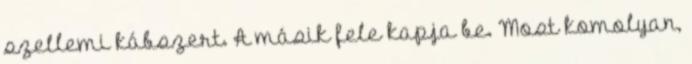
szellemi kábszert. A másik fele kapja be. Most komolyan,